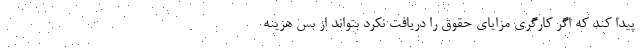
پیدا کند که اگر کارگری مزایای حقوق را دریافت نکرد بتواند از بس هزینه